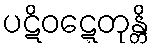
ပဋိဝဋ္ဋေတုန္တိ